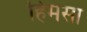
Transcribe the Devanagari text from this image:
हिमसा